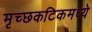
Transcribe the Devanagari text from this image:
मृच्छकटिकमध्ये